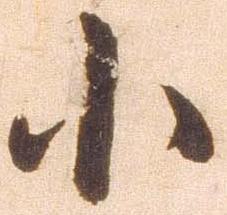
小